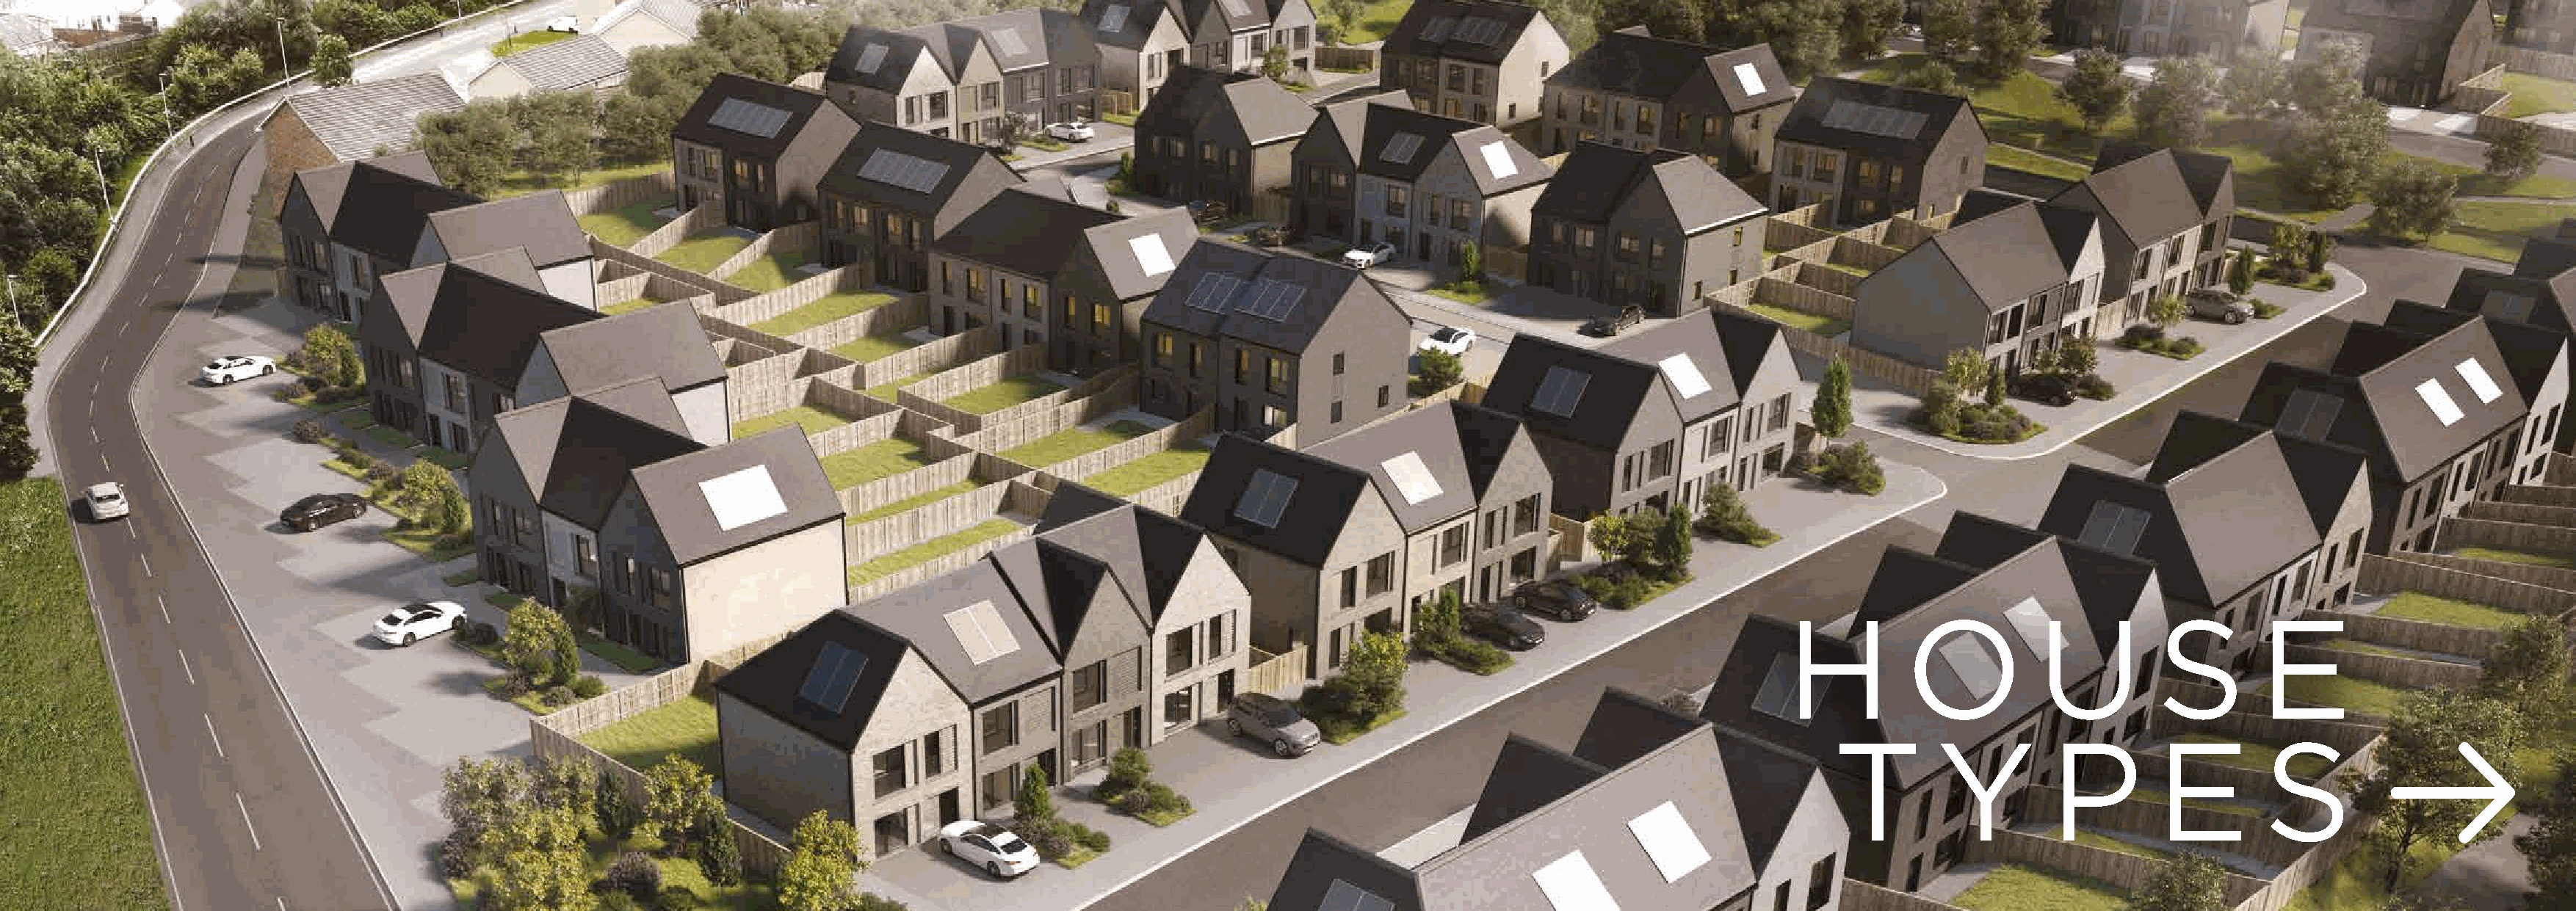
H          O           U         S         E
 T         Y         P        E         S